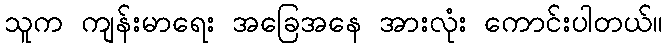
သူက ကျန်းမာရေး အခြေအနေ အားလုံး ကောင်းပါတယ်။